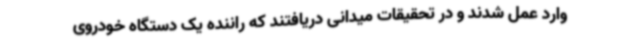
وارد عمل شدند و در تحقیقات میدانی دریافتند که راننده یک دستگاه خودروی